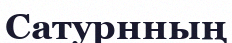
Сатурнның